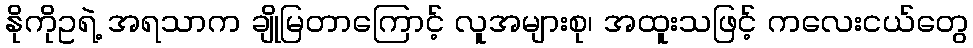
နိုကိုဥရဲ့ အရသာက ချိုမြတာကြောင့် လူအများစု၊ အထူးသဖြင့် ကလေးငယ်တွေ